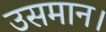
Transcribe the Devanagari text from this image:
उसमान।